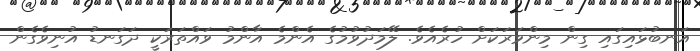
އަނބުޅައިގައި ގިން މިންވަރަކަށް ހުރެއެވެ. ލޭމަދުވުމުގެ އެންމެ އާންމު ވައްތަރަކީ ދަގަނޑު އުނިވެގެން